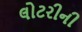
લોટરીની